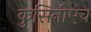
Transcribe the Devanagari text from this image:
कुसिनीएच